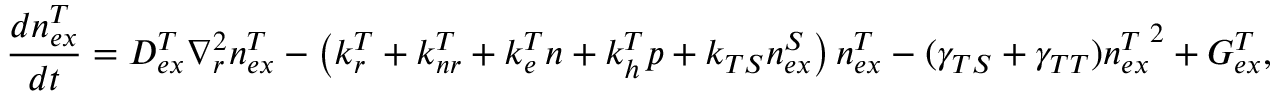
\frac { d n _ { e x } ^ { T } } { d t } = D _ { e x } ^ { T } \nabla _ { r } ^ { 2 } n _ { e x } ^ { T } - \left( k _ { r } ^ { T } + k _ { n r } ^ { T } + k _ { e } ^ { T } n + k _ { h } ^ { T } p + k _ { T S } n _ { e x } ^ { S } \right) n _ { e x } ^ { T } - ( \gamma _ { T S } + \gamma _ { T T } ) { n _ { e x } ^ { T } } ^ { 2 } + G _ { e x } ^ { T } ,